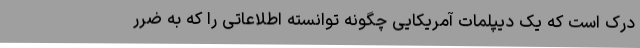
درک است که یک دیپلمات آمریکایی چگونه توانسته اطلاعاتی را که به ضرر